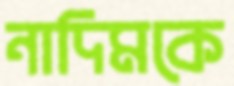
নাদিমকে